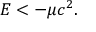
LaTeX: E < - \mu c ^ { 2 } .